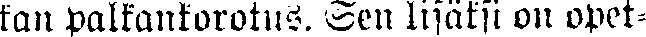
kan palkankorotus. Sen lisäksi on opet-